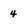
Character: 4